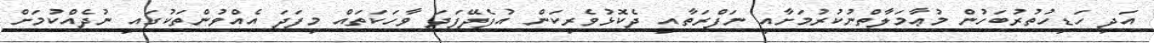
އަދި ހަޑިހުތުރުބަހުން މުޢާމަލާތްނުކުރުމަށާއި ނަފްރަތާއި ދެކޮޅުވެރިކަން އުފެދޭފަދަ ވާހަކަތައް މިފަދަ އެއްވުންތަކުގައި ނުދެއްކުމަށް